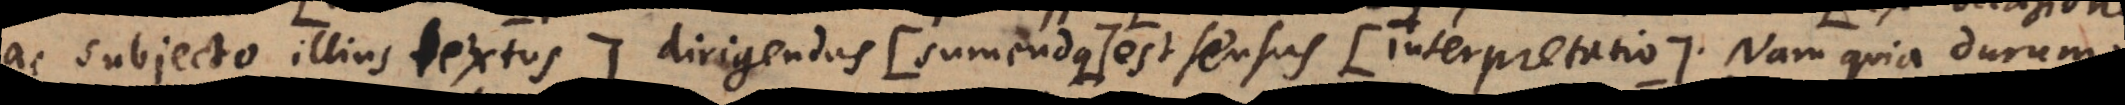
ac subjecto illius textus:) dirigendus (: sumendus:) est sensus (: interpretatio:). Nam quia durum